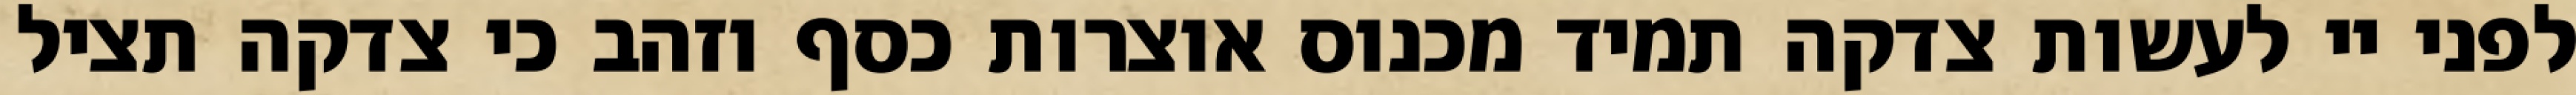
לפני יי לעשות צדקה תמיד מכנוס אוצרות כסף וזהב כי צדקה תציל